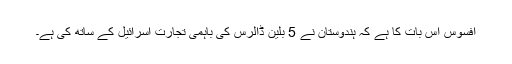
افسوس اس بات کا ہے کہ ہندوستان نے 5 بلین ڈالرس کی باہمی تجارت اسرائیل کے ساتھ کی ہے۔